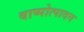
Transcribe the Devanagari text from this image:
वाष्पोत्पादन